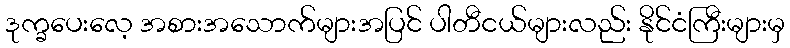
ဒုက္ခပေးလေ့ အစားအသောက်များအပြင် ပါတီငယ်များလည်း နိုင်ငံကြီးများမှ